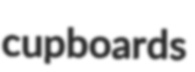
cupboards